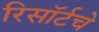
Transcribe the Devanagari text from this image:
रिसॉर्टचे